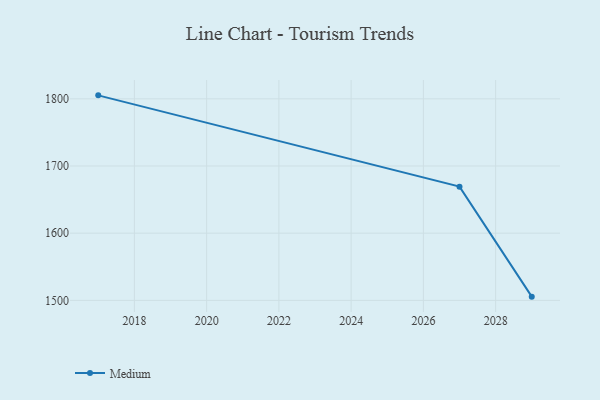
{"axis": {"x": "Year", "y": "Production Output"}, "legend": ["Medium"], "data": [{"x": "2029", "y": 1505.5, "type": "Medium"}, {"x": "2027", "y": 1669.3, "type": "Medium"}, {"x": "2017", "y": 1805.2, "type": "Medium"}]}